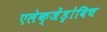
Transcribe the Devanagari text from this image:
एलेक्जेंड्रोविच